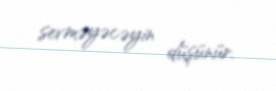
sevməyəcəyin düşünür.